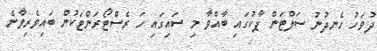
ދުވަހު ހެނދުނު ސަލްޓަން ޕާކުގައި ބާއްވާ މި ސައިގައި ހަ ރެސްޓޯރަންޓަކުން ބައިވެރިވާނެ